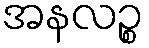
အနလဉ္စ